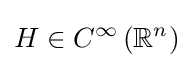
H\in C^{\infty }\left(\mathbb {R} ^{n}\right)